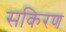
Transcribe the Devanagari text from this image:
सकिरण